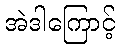
အဲဒါကြောင့်